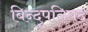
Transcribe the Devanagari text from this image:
बिन्दुपनिषद्